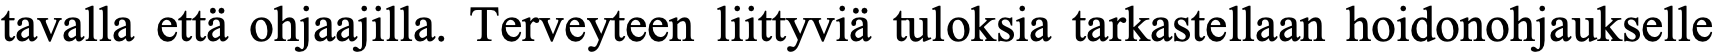
tavalla että ohjaajilla. Terveyteen liittyviä tuloksia tarkastellaan hoidonohjaukselle